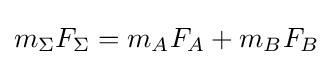
m_{\Sigma }F_{\Sigma }=m_{A}F_{A}+m_{B}F_{B}